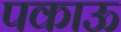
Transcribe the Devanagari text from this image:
पकाऊ